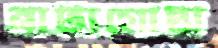
নাট্যগোষ্ঠী